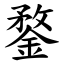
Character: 鍪